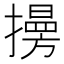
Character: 𢶔